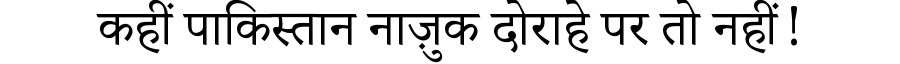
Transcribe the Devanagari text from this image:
कहीं पाकिस्तान नाज़ुक दोराहे पर तो नहीं!